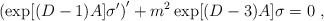
\begin{align*} \left(\exp[(D-1)A]\sigma^\prime\right)^\prime+m^2\exp[(D-3)A]\sigma=0~,\end{align*}